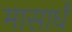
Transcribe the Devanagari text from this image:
मासार्धं